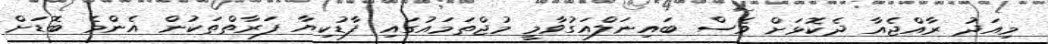
މިއަދު ރާއްޖެއާ ދެކޮޅަށް ވެސް ބައިނަލްއަގުވާމީ މުޖްތަމައުގައި ފާޑުކިޔާ ފަރާތްތަކުން އެންމެ ބޮޑަށް